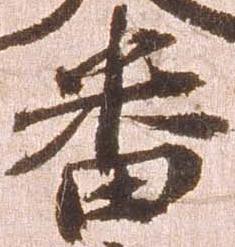
番